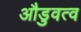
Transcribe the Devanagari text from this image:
औडुवत्व